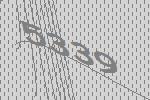
5339